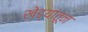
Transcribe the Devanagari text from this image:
खेड्यांतून